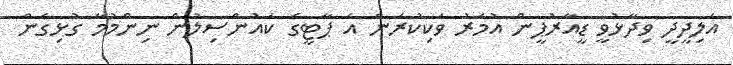
އަލިދީދީ ވިދާޅުވީ ޑީއާރުޕީން އުމަރު ވަކިކުރަން އެ ޕާޓީގެ ކައުންސިލުން ނިންމުމާ ގުޅިގެން